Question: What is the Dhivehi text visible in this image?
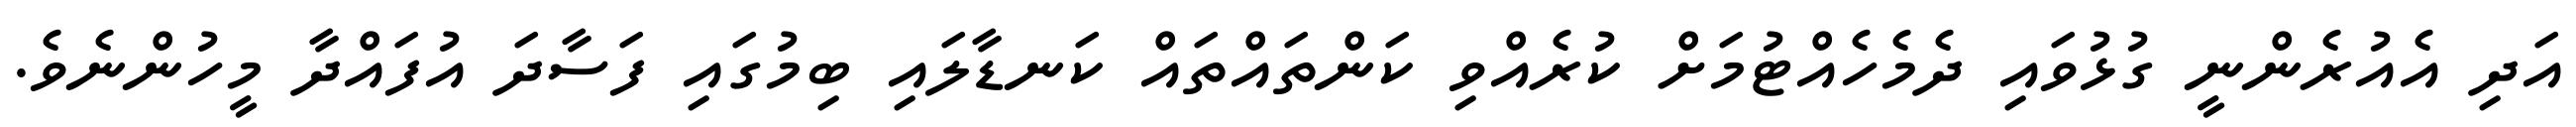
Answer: އަދި އެއުރެންނީ ގުޅުވައި ދެމެހެއްޓުމަށް ކުރެއްވި ކަންތައްތައް ކަނޑާލައި ބިމުގައި ފަސާދަ އުފައްދާ މީހުންނެވެ.